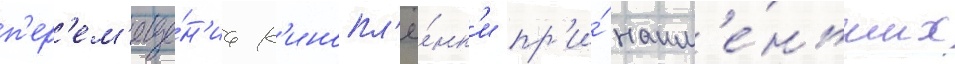
п'ер'ем'еще́н'иа к'инопл'ё́нк'и пр'и́ наим'е́ньших